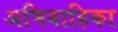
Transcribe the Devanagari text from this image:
अभिवाहिका